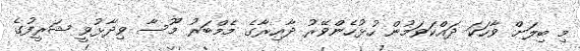
މި ބިލަށް ވާހަކަ ދައްކަވަމުން ހުޅުހެންވޭރު ދާއިރާގެ މެމްބަރު މޫސާ ވިދާޅުވީ ޝަރީފުގެ